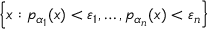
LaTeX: \left\{ x : p _ { \alpha _ { 1 } } ( x ) < \varepsilon _ { 1 } , \ldots , p _ { \alpha _ { n } } ( x ) < \varepsilon _ { n } \right\}